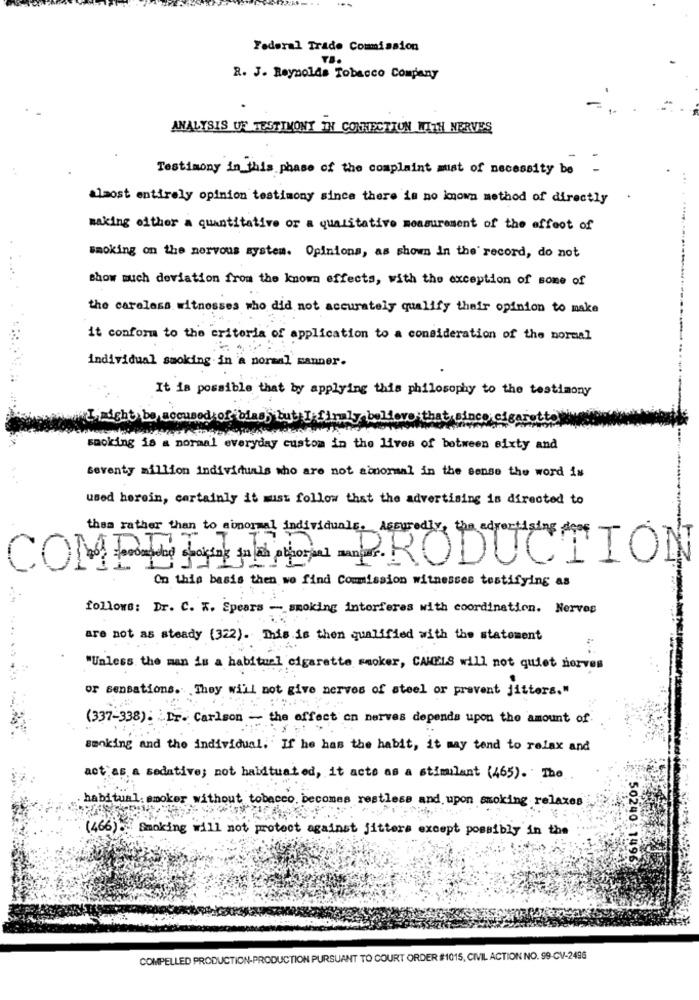
Federal Trade Commission
R. J. Reynolds Tobacco Company
ANALYSIS UF TESTIMONY IN CONNECTION WITH NERVES
Testimony in this phase of the complaint must of necessity be -
almost entirely opinion testimony since there is no known method of directly
making either a quantitative or a qualitative measurement of the effect of
smoking on the nervous system. Opinions, as shown In the record, do not
thow much deviation from the known effects, with the exception of some of
the careless witnesses who did not accurately qualify their opinion to make
it conform to the criteria of application to a consideration of the normal
individual smoking in a normal manner.
It is possible that by applying this philosophy to the testimony
I might be accused of bias, but
Lieve:that sinco; ci
smoking is a normal everyday custom in the lives of between sixty and
Seventy million individuals who are not abnormal in the sense the word is
used herein, certainly it must follow that the advertising is directed to
COMPET PRODUCTION
On this basis then wo find Commission witnesses testifying as
follows: Dr. C. K. Spears - smoking interferes with coordination. Nerves
are not as steady (322). This is then qualified with the statement
"Unless the man is a habitual cigarette rooker, CAMELS will not quiet nerves
or sensations. They will not give nerves of steel or prevent jitters."
(337-338). IT. Carlson - the effect on nerves depends upon the amount of
smoking and the individual. If he has the habit, it may tend to relax and
act as a sedative; not habituated, it acto as a stimulant (465). The
habitual smoker without tobacco becomes restless and upon smoking relaxes
(466). Smoking will not protect against jitters except possibly in the
50240-1496
COMPELLED PRODUCTION-PRODUCTION PURSUANT TO COURT ORDER #1015, CIVIL ACTION NO. 99-CV-2496